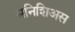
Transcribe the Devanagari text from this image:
मनिशिअस